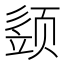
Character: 𩖕